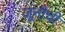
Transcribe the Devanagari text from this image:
जूनीची